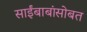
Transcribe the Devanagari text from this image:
साईंबाबांसोबत